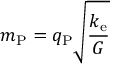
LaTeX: m _ { \mathrm { P } } = q _ { \mathrm { P } } { \sqrt { \frac { k _ { \mathrm { e } } } { G } } }